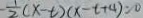
\frac { 1 } { 2 } ( x - t ) ( x - t + 4 ) = 0